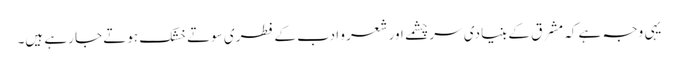
یہی وجہ ہے کہ مشرق کے بنیادی سر چشمے اور شعر و ادب کے فطری سوتے خشک ہوتے جا رہے ہیں۔